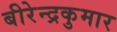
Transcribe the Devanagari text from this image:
बीरेन्द्रकुमार